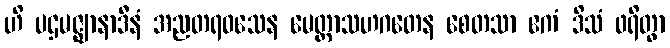
ဟိ ပဌမဇ္ဈာနာဒီနံ အညတရဝသေန မေတ္တာသဟဂတေန စေတသာ ဧကံ ဒိသံ ဖရိတွာ